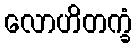
လောဟိတက္ခံ